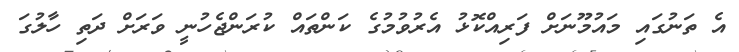
އެ ތަނުގައި މައުމޫނަށް ފަރިއްކޮޅު އެރުވުމުގެ ކަންތައް ކުރަންޖެހުނީ ވަރަށް ދަތި ހާލުގަ